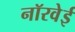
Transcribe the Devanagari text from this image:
नॉरवेई